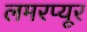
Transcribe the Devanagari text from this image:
लमरप्यूर